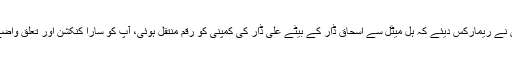
جسٹس اعجاز الاحسن نے ریمارکس دیئے کہ ہل میٹل سے اسحاق ڈار کے بیٹے علی ڈار کی کمپنی کو رقم منتقل ہوئی، آپ کو سارا کنکشن اور تعلق واضع طور پر بتا دیا ہے۔